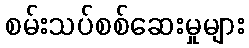
စမ်းသပ်စစ်ဆေးမှုများ